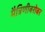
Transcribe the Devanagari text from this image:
मैत्रिणीबरोबर